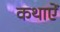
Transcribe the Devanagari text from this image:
कथाऐं